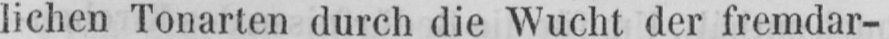
lichen Tonarten durch die Wucht der fremdar-